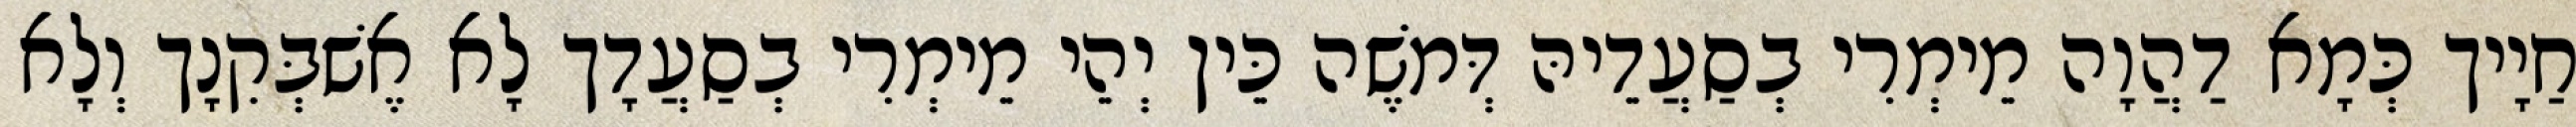
חַיָיך כְּמָא דַהֲוָה מֵימְרִי בְסַעֲדֵיהּ דְּמֹשֶׁה כֵּין יְהֵי מֵימְרִי בְסַעֲדָך לָא אֶשׁבְּקִנָך וְלָא